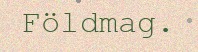
Földmag.